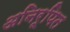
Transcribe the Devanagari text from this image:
अनिरूपित